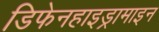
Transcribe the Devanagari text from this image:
डिफेनहाइड्रामाइन